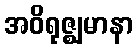
အဝိရုဇ္ဈမာနာ